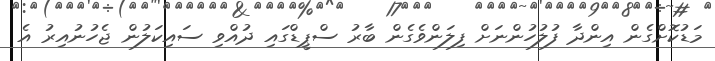
މަޑުކޮށްގެން އިންދާ ފުލުހުންނަށް ފިލަންވެގެން ބާރު ސްޕީޑްގައި ދުއްވި ސައިކަލުން ޖެހުނުއިރު އެ